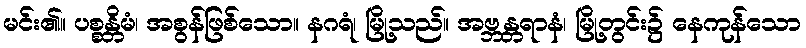
မင်း၏။ ပစ္စန္တိမံ၊ အစွန်ဖြစ်သော။ နဂရံ၊ မြို့သည်။ အဗ္ဘန္တရာနံ၊ မြို့တွင်း၌ နေကုန်သော